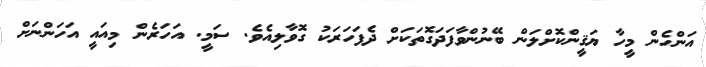
އަންހެން މީހާ ޔަޤީންކޮށްލަން ބޭނުންވާފަދަގޮތަކަށް ދެފަހަރަކު ގޮވާލިއެވެ. ސަމީ. އަހަރެން މިއައީ އަހަންނަށް